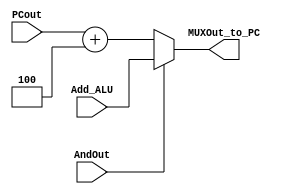
`timescale 1ns / 1ps
module MUXBranchorPC(PCout,Add_ALU,AndOut,MUXOut_to_PC);
input [31:0] PCout;
input [31:0] Add_ALU;
input AndOut;
output [31:0] MUXOut_to_PC;
assign MUXOut_to_PC = AndOut?Add_ALU:PCout+4;
//        case(AndOut)
//            1'b0 : MUXOut_to_PC <= PCout +4;
//            1'b1 : MUXOut_to_PC <= Add_ALU;
//        endcase
//    end
endmodule